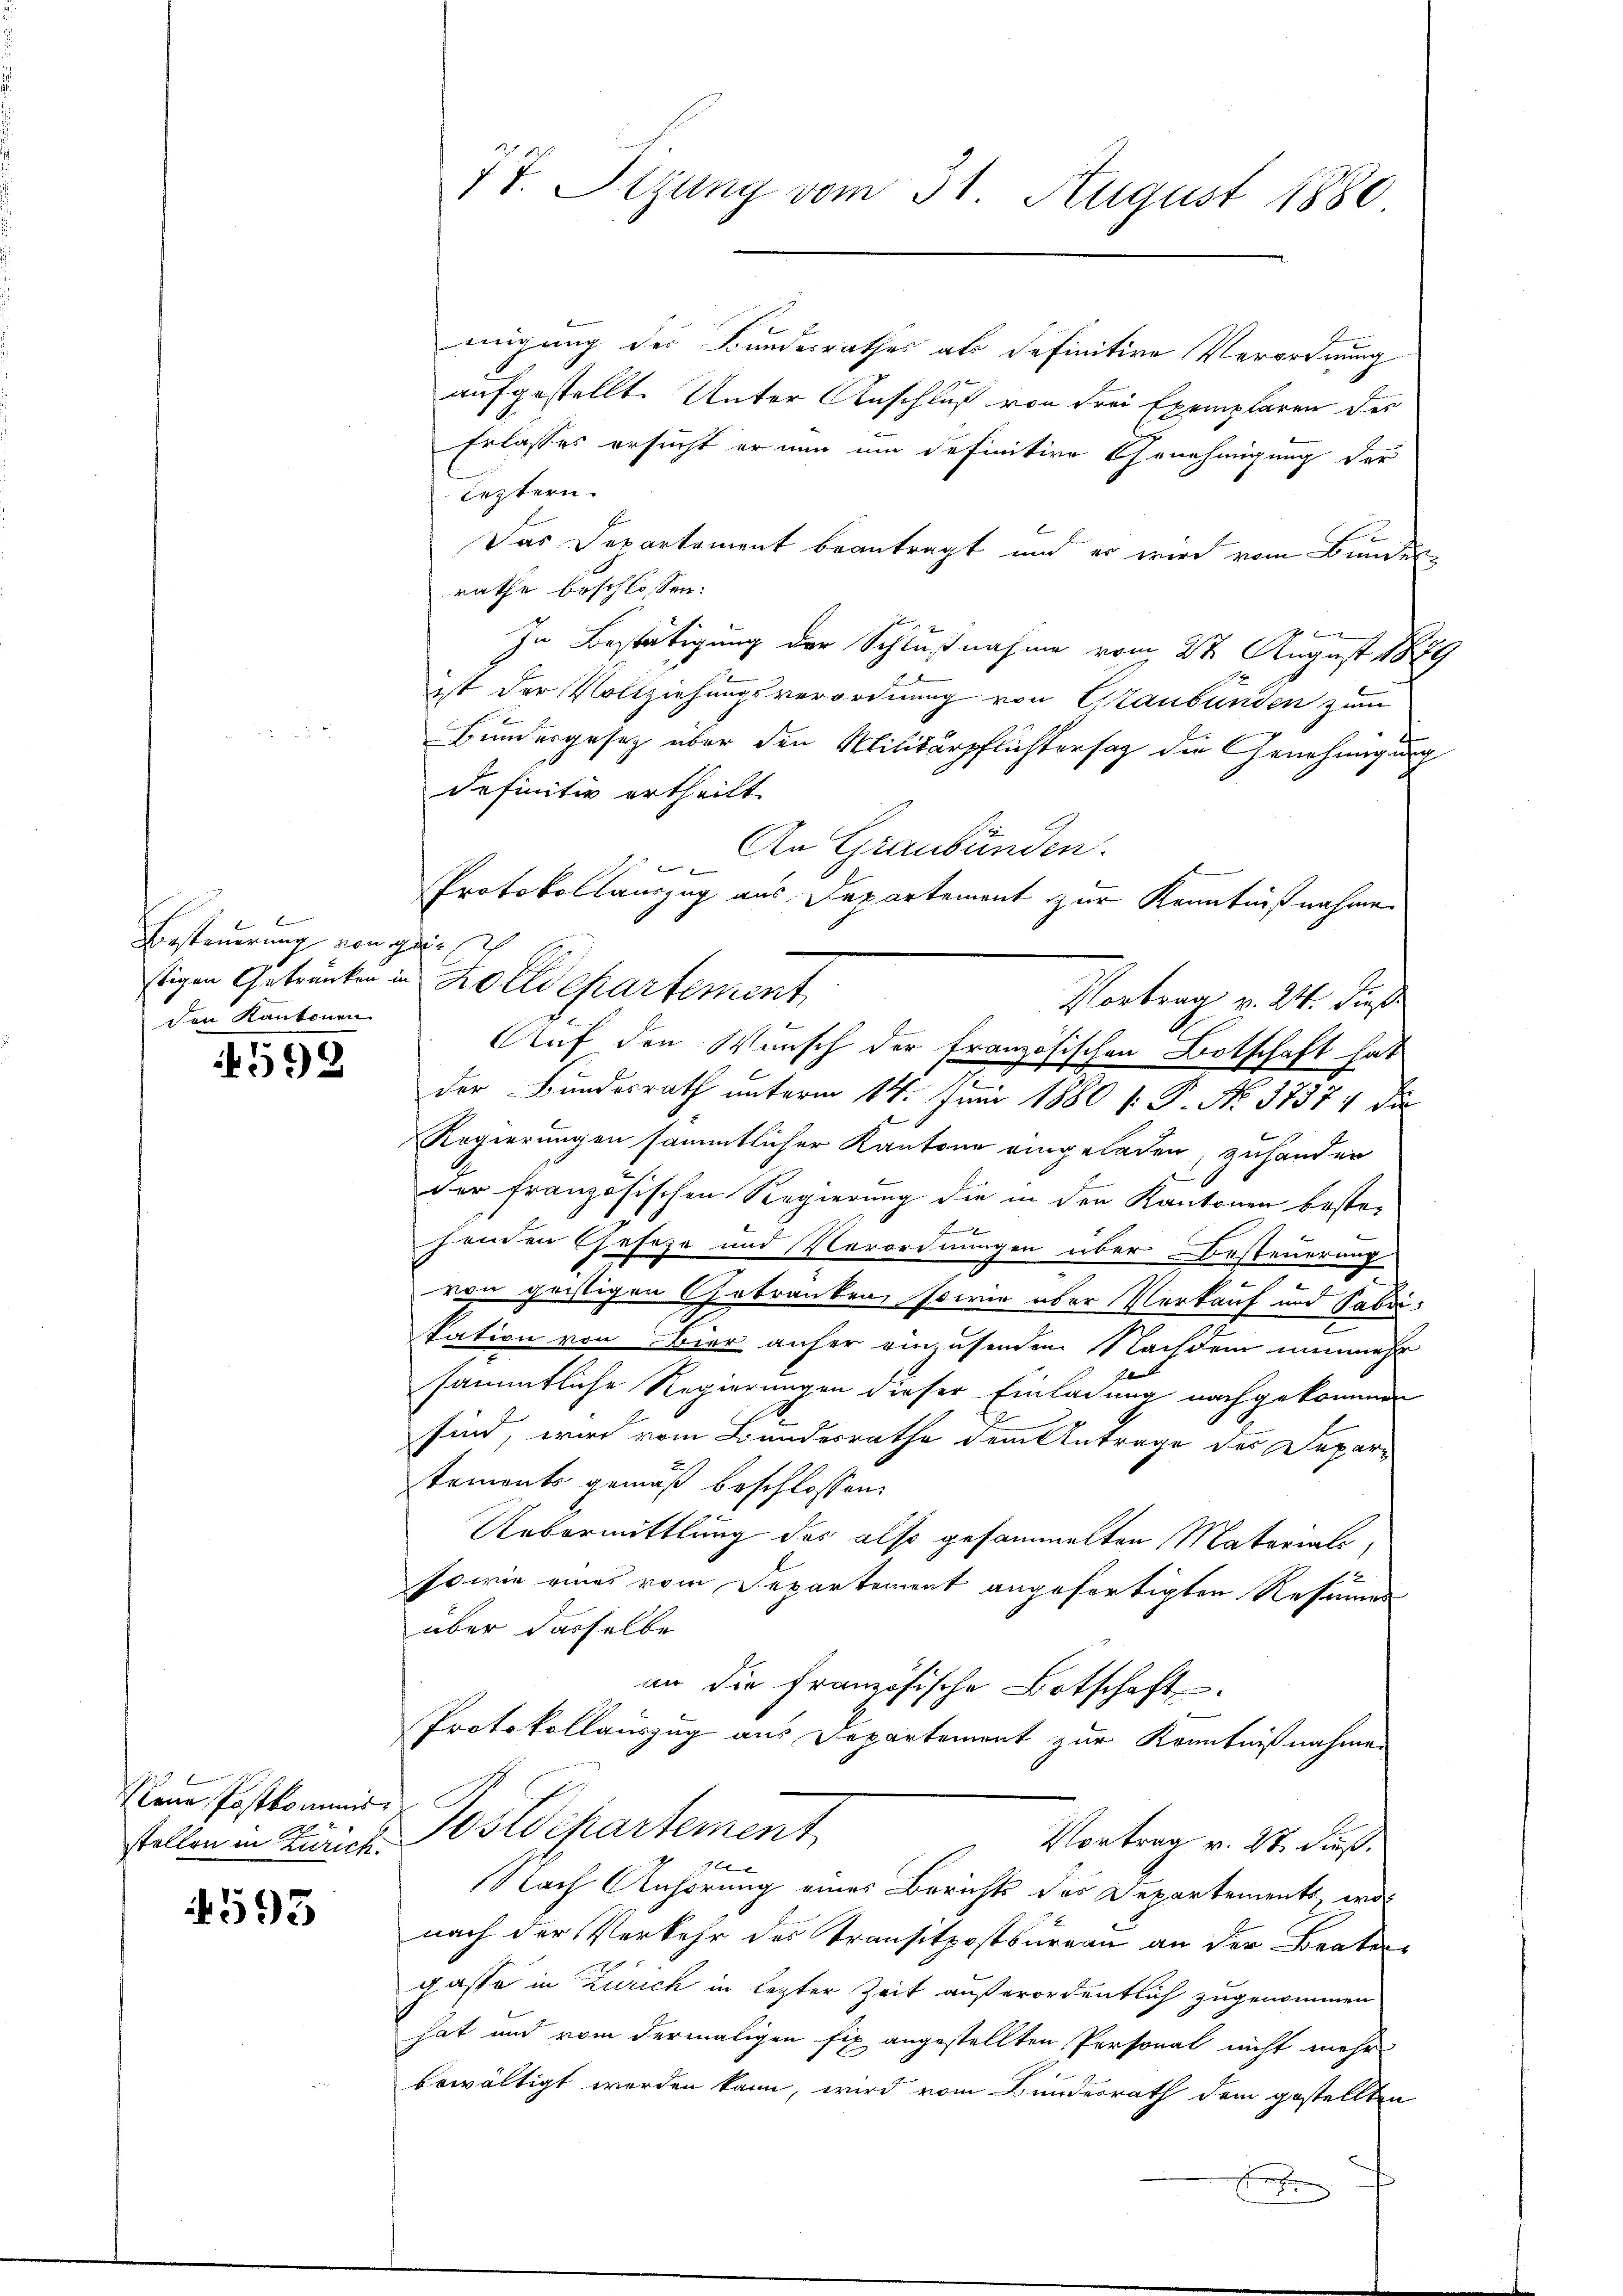
Besteuerung von geden Kantonen

592

Neue Postkommis
stellen in Zürich.

593

migung des Bundesrathes als definitive Verordnung
aufgestellt. Unter Anschluß von drei Exemplaren der
Erlasses ersucht er nun um definitive Genehmigung der
leztern.
Das Departement beantragt und er wird vom Bundes-
rathe beschlossen:

In Bestätigung der Schlußnahme vom 27. August 1879
ist der Vollziehungsverordnung von Graubünden zum
Bundergesetz über den Militärpflichtersah die Genehmigung
definitiv ertheilt.
An Graubünden.
e
Protokollauszug aus Departement zur Kenntnißnahme
stigen Getränken in Zolldepartement
Vortrag v. 24. dieß
Auf den Wunsch der französischen Botschaft hat
der Bundesrath unterm 14. Juni 1880 /: P. No. 37374 de
Regierungen sämmtlicher Kantone eingeladen, zuhanden
der französischen Regierung die in den Kantonen bestesenden Geseze und Verordnungen über Besteuerung
von geistigen Gebranken, sowie über Verkauf und Fabri¬
u
kation von Bier anher ein usenden Nachdem nunmehr
sämmtliche Regierungen dieser Einladung nachgekommen
sind, wird vom Bundesrathe dem Antrage des Deparstements gemäß beschlossen:
Uebermittlung des also gesammelten Materiali
so wie eines vom Departement angefertigten Resammen
über dasselbe
an die französische Botschaft
Protokollauszug aus Departement zur Kenntnißnahmen
Postdepartement
Vortrag v. 27 dieß.
1x
Nach Anhörung eines Berichts des Departements, wol
nach der Verkehr des Transitpostbureau an der Beater
gasse in Zürich in lezter Zeit außerordentlich zugenommen
hat und vom dermaligen fix angestellten Personat nicht mehr
bewältigt werden kann, wird vom Bundesrath dem gestellten
E

77. Sizung vom 31. August 1880